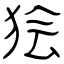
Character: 狯